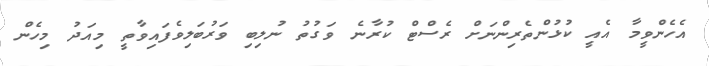
އެހެންވީމާ އެއީ ކުޅުންތެރިންނަށް ރެސްޓް ކުރާނެ ވަގުތު ނުލިބި ވަރުބަލިވެފައިވާތީ މިއަދު މިހެން